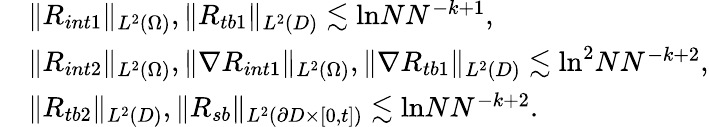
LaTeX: \begin{array}{rl}&{\| R_{int1}\| _{L^{2}(\Omega)},\| R_{tb1}\| _{L^{2}(D)}\lesssim\mathrm{ln}NN^{-k+1},}\\ &{\| R_{int2}\| _{L^{2}(\Omega)},\| \nabla R_{int1}\| _{L^{2}(\Omega)},\| \nabla R_{tb1}\| _{L^{2}(D)}\lesssim\mathrm{ln}^{2}NN^{-k+2},}\\ &{\| R_{tb2}\| _{L^{2}(D)},\| R_{sb}\| _{L^{2}(\partial D\times[0,t])}\lesssim\mathrm{ln}NN^{-k+2}.}\end{array}